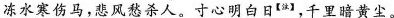
冻水寒伤马，悲风愁杀人。寸心明白日^{【法】}，千里暗黄尘。